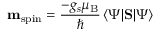
\mathbf { m } _ { \mathrm { { s p i n } } } = { \frac { - g _ { s } \mu _ { \mathrm { { B } } } } { \hbar } } \, \langle \Psi \vert \mathbf { S } \vert \Psi \rangle